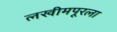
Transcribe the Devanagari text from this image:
लखीमपूरला